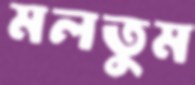
মলতুম